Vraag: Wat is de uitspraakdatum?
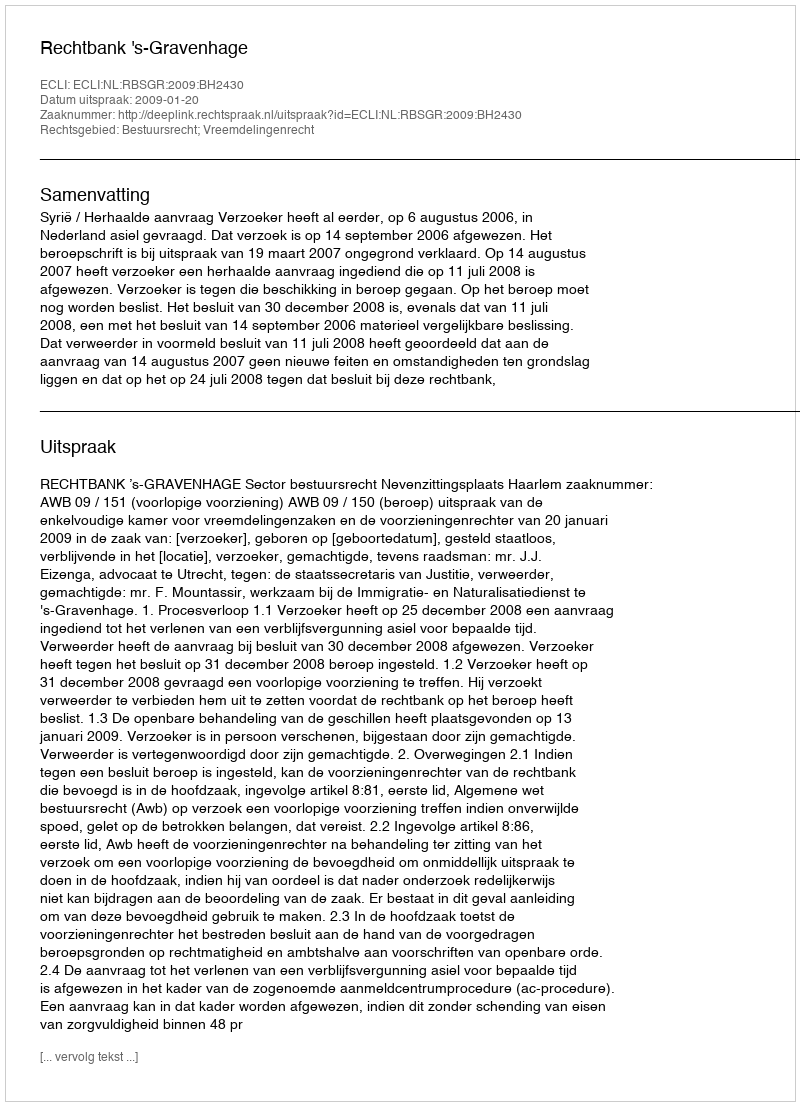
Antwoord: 2009-01-20